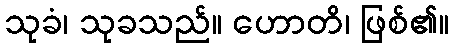
သုခံ၊ သုခသည်။ ဟောတိ၊ ဖြစ်၏။